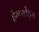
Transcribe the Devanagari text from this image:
हेम्प्स्तेड्स